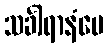
သင်္ခါရာနံပေ